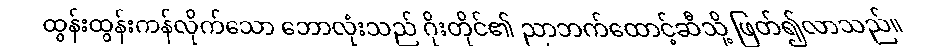
ထွန်းထွန်းကန်လိုက်သော ဘောလုံးသည် ဂိုးတိုင်၏ ညာဘက်ထောင့်ဆီသို့ ဖြတ်၍လာသည်။